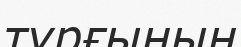
тұрғынын